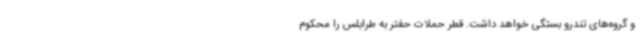
و گروه‌های تندرو بستگی خواهد داشت. قطر حملات حفتر به طرابلس را محکوم